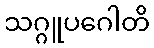
သဂ္ဂူပဂေါတိ